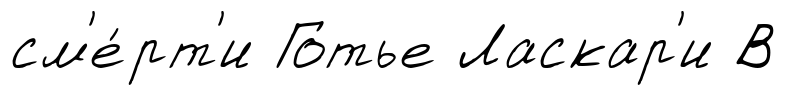
см'е́рт'и Готье Ласкар'и В